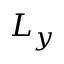
L _ { y }